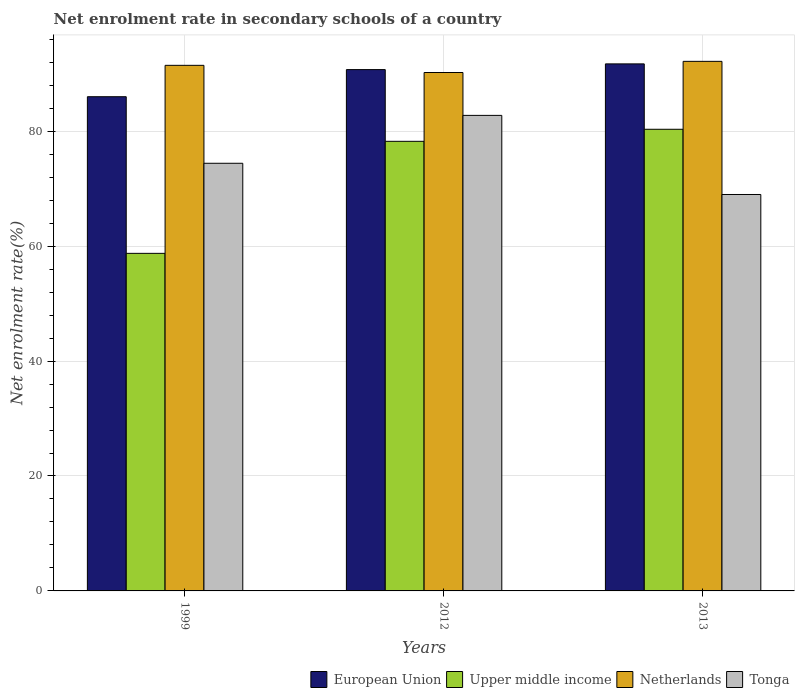
| Years | European Union | Upper middle income | Netherlands | Tonga |
 | --- | --- | --- | --- | --- |
 | 1999 | 86 | 58.7 | 91.5 | 74.4 |
 | 2012 | 90.7 | 78.2 | 90.2 | 82.8 |
 | 2013 | 91.7 | 80.3 | 92.2 | 69 |